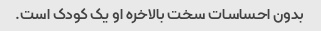
بدون احساسات سخت بالاخره او یک کودک است.